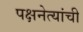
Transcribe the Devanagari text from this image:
पक्षनेत्यांची